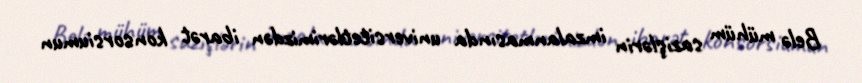
Belə mühüm sazişlərin imzalanmasında universitetlərimizdən ibarət konsorsiumun